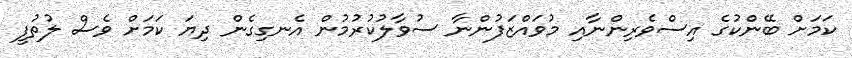
ކަމަށް ބޭންކުގެ އިސްވެރިންނާއި މުވައްޒަފުންނާ ސުވާލުކުރުމުން އެނގިގެން ދިޔަ ކަމަށް ވެސް ލުތުފީ